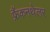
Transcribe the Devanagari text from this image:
फ्रैंकनथेलर